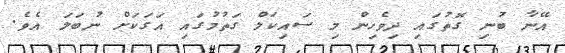
އޭނާ ބުނި ގޮތުގައި ދިވެހިން މި ސައިކަލް ގަތުމުގައި އަގަކަށް ނުބަލަ އެވެ.